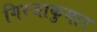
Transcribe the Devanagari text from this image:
गिरजाकुमार